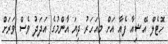
ހޮޓެލް އޭޝިއާ ފެއާ އަށް މިއަހަރު ދިޔަ އާންމުގެ އަދަދު ވެސް ވަރަށް